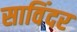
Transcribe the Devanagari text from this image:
साविंदर